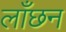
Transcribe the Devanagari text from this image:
लाँछन